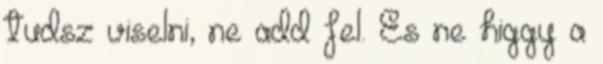
tudsz viselni, ne add fel. És ne higgy a